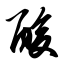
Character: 酸